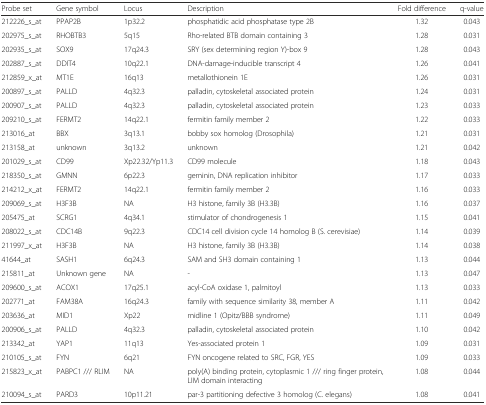
<table><thead><tr><td><b>Probe set</b></td><td><b>Gene symbol</b></td><td><b>Locus</b></td><td><b>Description</b></td><td><b>Fold difference</b></td><td><b>q-value</b></td></tr></thead><tbody><tr><td>212226_s_at</td><td>PPAP2B</td><td>1p32.2</td><td>phosphatidic acid phosphatase type 2B</td><td>1.32</td><td>0.043</td></tr><tr><td>202975_s_at</td><td>RHOBTB3</td><td>5q15</td><td>Rho-related BTB domain containing 3</td><td>1.28</td><td>0.031</td></tr><tr><td>202935_s_at</td><td>SOX9</td><td>17q24.3</td><td>SRY (sex determining region Y)-box 9</td><td>1.28</td><td>0.043</td></tr><tr><td>202887_s_at</td><td>DDIT4</td><td>10q22.1</td><td>DNA-damage-inducible transcript 4</td><td>1.26</td><td>0.041</td></tr><tr><td>212859_x_at</td><td>MT1E</td><td>16q13</td><td>metallothionein 1E</td><td>1.26</td><td>0.031</td></tr><tr><td>200897_s_at</td><td>PALLD</td><td>4q32.3</td><td>palladin, cytoskeletal associated protein</td><td>1.24</td><td>0.031</td></tr><tr><td>200907_s_at</td><td>PALLD</td><td>4q32.3</td><td>palladin, cytoskeletal associated protein</td><td>1.23</td><td>0.033</td></tr><tr><td>209210_s_at</td><td>FERMT2</td><td>14q22.1</td><td>fermitin family member 2</td><td>1.22</td><td>0.033</td></tr><tr><td>213016_at</td><td>BBX</td><td>3q13.1</td><td>bobby sox homolog (Drosophila)</td><td>1.21</td><td>0.031</td></tr><tr><td>213158_at</td><td>unknown</td><td>3q13.2</td><td>unknown</td><td>1.21</td><td>0.042</td></tr><tr><td>201029_s_at</td><td>CD99</td><td>Xp22.32/Yp11.3</td><td>CD99 molecule</td><td>1.18</td><td>0.043</td></tr><tr><td>218350_s_at</td><td>GMNN</td><td>6p22.3</td><td>geminin, DNA replication inhibitor</td><td>1.17</td><td>0.033</td></tr><tr><td>214212_x_at</td><td>FERMT2</td><td>14q22.1</td><td>fermitin family member 2</td><td>1.16</td><td>0.033</td></tr><tr><td>209069_s_at</td><td>H3F3B</td><td>NA</td><td>H3 histone, family 3B (H3.3B)</td><td>1.16</td><td>0.037</td></tr><tr><td>205475_at</td><td>SCRG1</td><td>4q34.1</td><td>stimulator of chondrogenesis 1</td><td>1.15</td><td>0.041</td></tr><tr><td>208022_s_at</td><td>CDC14B</td><td>9q22.3</td><td>CDC14 cell division cycle 14 homolog B (S. cerevisiae)</td><td>1.14</td><td>0.039</td></tr><tr><td>211997_x_at</td><td>H3F3B</td><td>NA</td><td>H3 histone, family 3B (H3.3B)</td><td>1.14</td><td>0.038</td></tr><tr><td>41644_at</td><td>SASH1</td><td>6q24.3</td><td>SAM and SH3 domain containing 1</td><td>1.13</td><td>0.044</td></tr><tr><td>215811_at</td><td>Unknown gene</td><td>NA</td><td>-</td><td>1.13</td><td>0.047</td></tr><tr><td>209600_s_at</td><td>ACOX1</td><td>17q25.1</td><td>acyl-CoA oxidase 1, palmitoyl</td><td>1.13</td><td>0.033</td></tr><tr><td>202771_at</td><td>FAM38A</td><td>16q24.3</td><td>family with sequence similarity 38, member A</td><td>1.11</td><td>0.042</td></tr><tr><td>203636_at</td><td>MID1</td><td>Xp22</td><td>midline 1 (Opitz/BBB syndrome)</td><td>1.11</td><td>0.049</td></tr><tr><td>200906_s_at</td><td>PALLD</td><td>4q32.3</td><td>palladin, cytoskeletal associated protein</td><td>1.10</td><td>0.042</td></tr><tr><td>213342_at</td><td>YAP1</td><td>11q13</td><td>Yes-associated protein 1</td><td>1.09</td><td>0.031</td></tr><tr><td>210105_s_at</td><td>FYN</td><td>6q21</td><td>FYN oncogene related to SRC, FGR, YES</td><td>1.09</td><td>0.033</td></tr><tr><td>215823_x_at</td><td>PABPC1 /// RLIM</td><td>NA</td><td>poly(A) binding protein, cytoplasmic 1 /// ring finger protein, LIM domain interacting</td><td>1.08</td><td>0.044</td></tr><tr><td>210094_s_at</td><td>PARD3</td><td>10p11.21</td><td>par-3 partitioning defective 3 homolog (C. elegans)</td><td>1.08</td><td>0.041</td></tr></tbody></table>